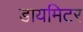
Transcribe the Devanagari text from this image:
डायमिटर